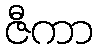
ဇီကာ